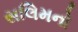
સલિમનો